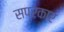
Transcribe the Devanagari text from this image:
सप्रकार